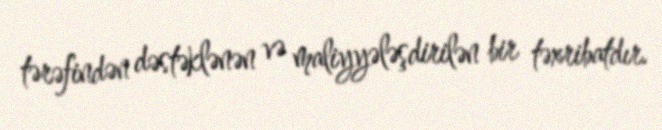
tərəfindən dəstəklənən və maliyyələşdirilən bir təxribatdır.